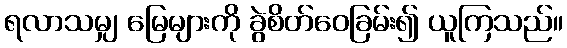
ရလာသမျှ မြေများကို ခွဲစိတ်ဝေခြမ်း၍ ယူကြသည်။